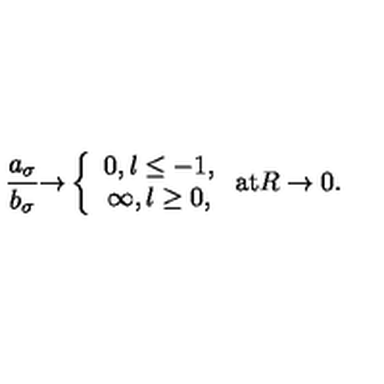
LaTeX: \frac { a _ { \sigma } } { b _ { \sigma } } { \rightarrow } \left\{ \begin{array} { c } { 0 , l \leq - 1 , } \\ { \infty , l \geq 0 , } \\ \end{array} \right. \mathrm { a t } R \rightarrow 0 .